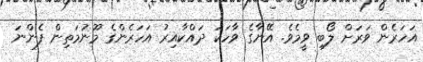
އަހަރެން ވަރަށް ލޯބި ވީމެވެ. އޭނާގެ ވާހަކަ ދައްކާއިރު އަހަރެންގެ މޫނުމަތިން ފެންނަ